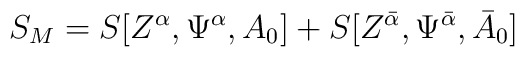
S_{M} =S[Z^{\alpha}, \Psi^{\alpha}, A_{0}]+S[Z^{{\bar \alpha}}, \Psi^{{\bar \alpha}}, {\bar A}_{0}]